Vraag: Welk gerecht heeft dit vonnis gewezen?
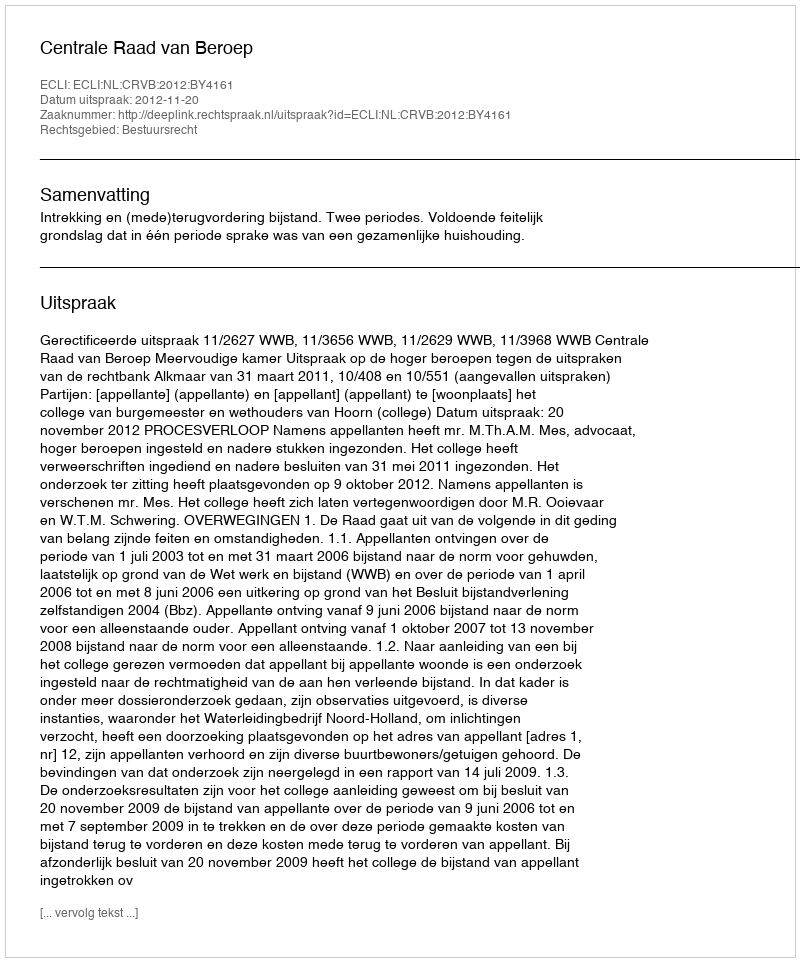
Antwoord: Centrale Raad van Beroep